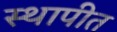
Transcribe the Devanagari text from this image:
स्‍थापीत